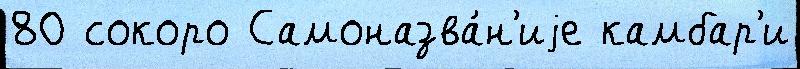
80 сокоро Самоназва́н'иjе камбар'и